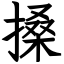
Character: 搡